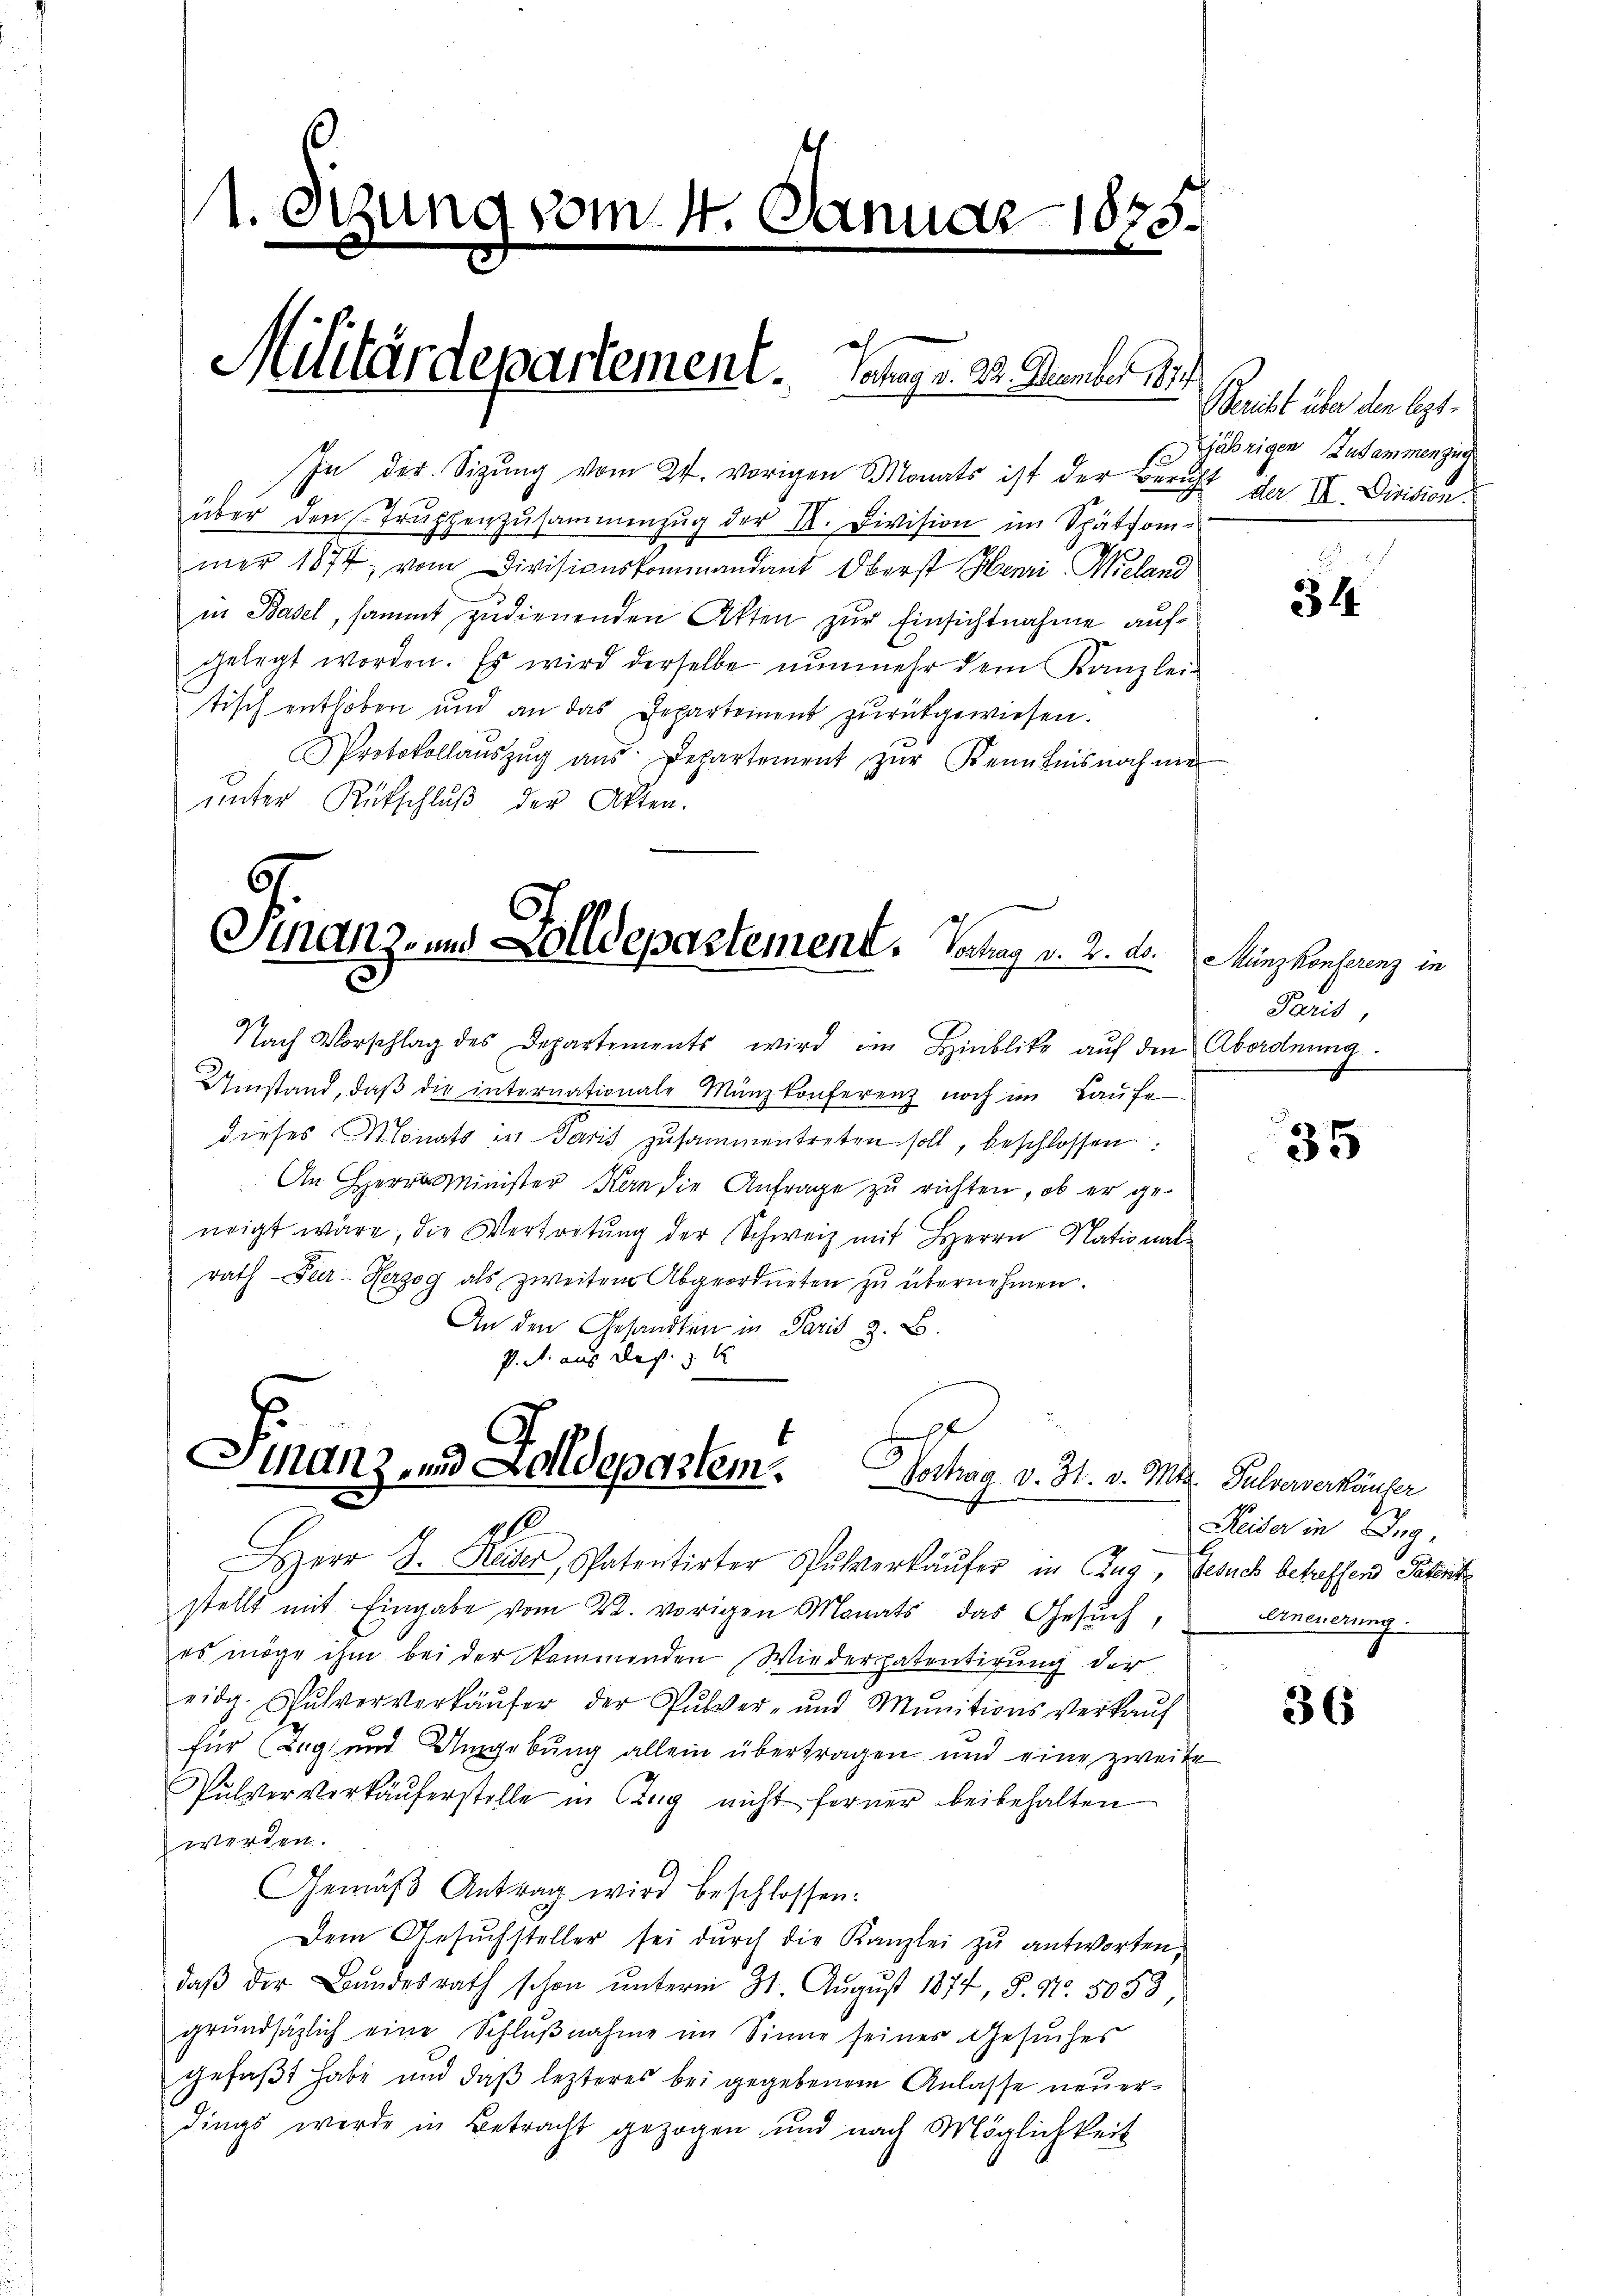
1. Dezung vom 4. Januar 1835.

In der Sigung vom 24. vorigen Monats ist der Bericht der II. Division.
über den Trŭppenzusammenzŭg der II. Division im Spätfom-
mer 1874, vom Divisionskommandant Oberst Henri Wieland
in Basel, sammt zudienenden Atten zur Einsichtnahme aufgelegt worden. Es wird derselbe nunmehr dem Kanzlei-
tisch enthoben und an das Departement zurückgewiesen.
Protokollaŭszŭg aŭs Departement zŭr Kenntnis nach me
ŭnter Rükschlŭβ der Akten.

Nach Vorschlag des Departements wird im Hinblik aŭf den Abordnŭng.
Umstand, daβ die internationale Münzkonferenz noch im Laufe
dieses Monats in Paris zusammentreten soll, beschlossen:
An Herr Minister Kan die Anfrage zu richten, ob er ge-
neigt wäre, die Vertretung der Schweiz mit Herrn Nationalrath Per-Herzog als zweiten Abgeordneten zu übernehmen.
An den Gesandten in Paris z. B.
P.S. aus des K

Militärdepartement. Satag u. 30. Stember 1889

Stanz, und Zolldepartement. Vortrag v. 2. d.

Finanz- und Zolldepartem. Dochag v. 3. v. Mts. Galververkäufer
p
Herr J. Heider, Patentirter Pulverkäŭfer in Zug, Gesuch betreffend Patent

stellt mit Eingabe vom 22. vorigen Monats das Gesŭch,
es möge ihm bei der kommenden Wiederatentirung der
eidg. Pulververkäŭfer der Pulver- und Munitionsverkaŭf
für Tag und Umgebung allein übertragen und eine zweite
Pulververkäŭferstelle in Clag nicht ferner beibehalten
werden.
Gemäβ Antrag wird beschlossen:
Dem Gesŭchsteller sei dŭrch die Kanzlei zŭ antworten,
daβ der Bŭndesrath schon ŭnterm 31. Aŭgŭst 1874, S. Nr. 5053,
grŭndsätzlich eine Schlŭβnahme im Sinne seines Gesuches
gefaβt habe und daβ lezteres bei gegebenem Anlasse neuerdings werde in Betracht gezogen und nach Möglichkeit

Bereibt über den Art.
Djährigen Zusammenzug

2
334

Münzkonferenz in
Paris,

35

Reiber in Ing.
Erneuerung

36